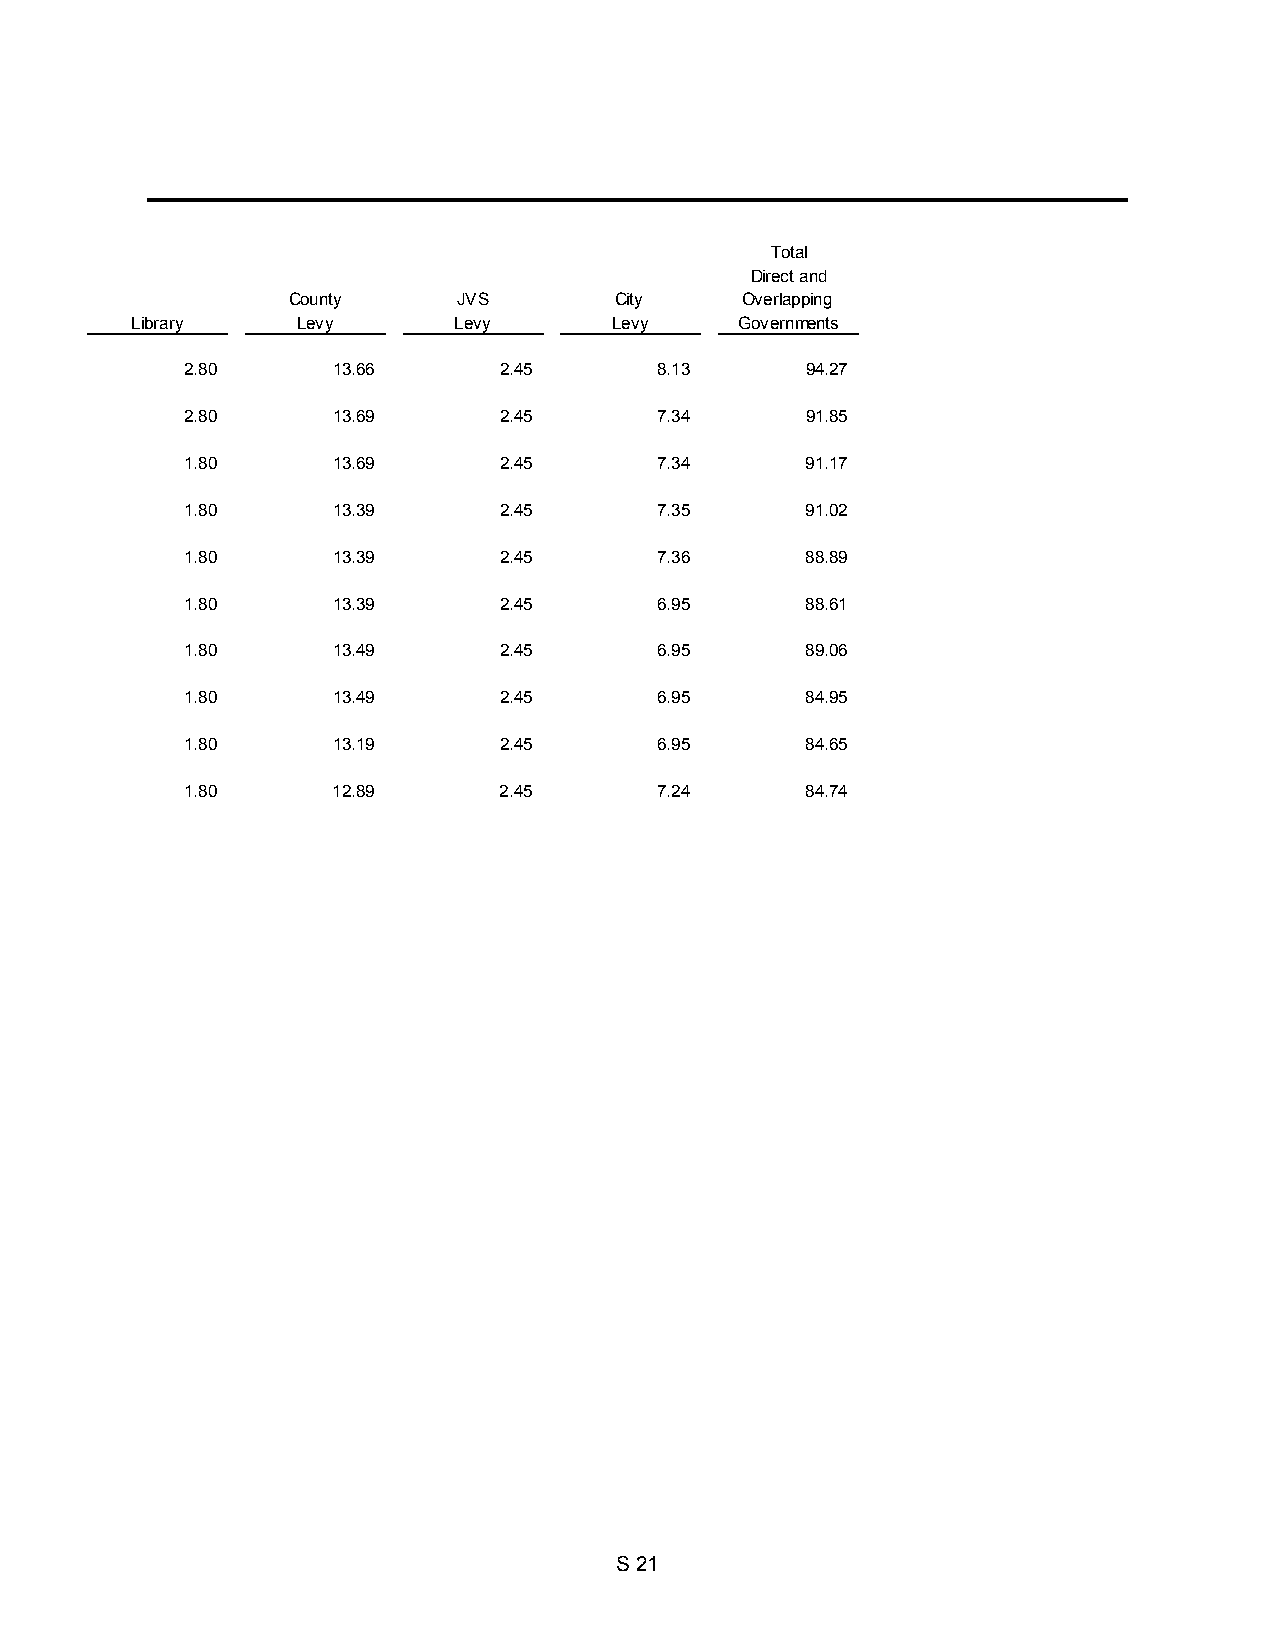
Total
 Direct and
 County     JVS        City    Overlapping
 Lib rary   Levy      Levy       Levy    Governments
 2.80      13.66      2.45       8.13     94.27
 2.80      13.69      2.45       7.34     91.85
 1.80      13.69      2.45       7.34     91.17
 1.80      13.39      2.45       7.35     91.02
 1.80      13.39      2.45       7.36     88.89
 1.80      13.39      2.45       6.95     88.61
 1.80      13.49      2.45       6.95     89.06
 1.80      13.49      2.45       6.95     84.95
 1.80      13.19      2.45       6.95     84.65
 1.80      12.89      2.45       7.24     84.74
 S 21